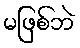
မဖြစ်ဘဲ